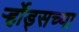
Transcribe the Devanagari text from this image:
र्ऱ्होड्सच्या